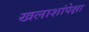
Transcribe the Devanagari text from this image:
खलाशांपेक्षा